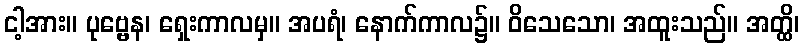
ငါ့အား။ ပုဗ္ဗေန၊ ရှေးကာလမှ။ အပရံ၊ နောက်ကာလ၌။ ဝိသေသော၊ အထူးသည်။ အတ္ထိ၊